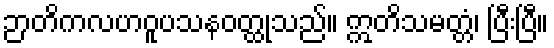
ဉာတိကလဟဝူပသနဝတ္ထုသည်။ ဣတိသမတ္တံ၊ ပြီးပြီ။